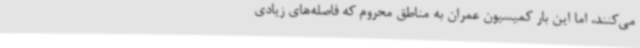
می‌کنند، اما این بار کمیسیون عمران به مناطق محروم که فاصله‌های زیادی